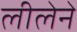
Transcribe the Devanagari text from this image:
लीलेने